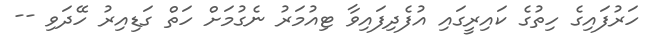
ހަރުފައިގެ ހިތުގެ ކައިރީގައި އުފެދިފައިވާ ޓިއުމަރު ނެގުމަށް ހަތް ގަޑިއިރު ހޭދަވި --